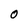
Character: O